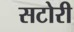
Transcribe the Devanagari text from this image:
सटोरी